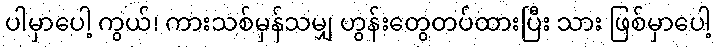
ပါမှာပေါ့ ကွယ်၊ ကားသစ်မှန်သမျှ ဟွန်းတွေတပ်ထားပြီး သား ဖြစ်မှာပေါ့